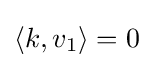
\langle k,v_{1}\rangle =0